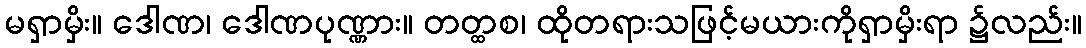
မရှာမှိး။ ဒေါဏ၊ ဒေါဏပုဏ္ဏား။ တတ္ထစ၊ ထိုတရားသဖြင့်မယားကိုရှာမှိးရာ ၌လည်း။